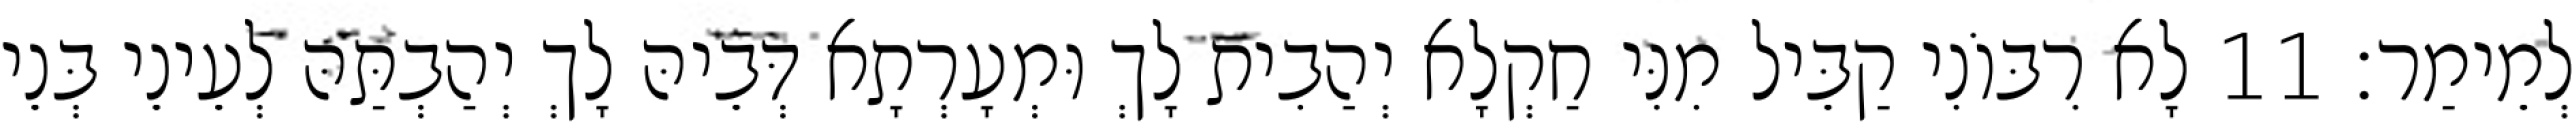
לְמֵימַר׃ 11 לָא רִבּוֹנִי קַבֵּיל מִנִּי חַקְלָא יְהַבִית לָךְ וּמְעָרְתָא דְּבֵיהּ לָךְ יְהַבְתַּהּ לְעֵינֵי בְּנֵי